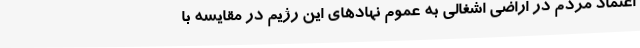
اعتماد مردم در اراضی اشغالی به عموم نهادهای این رژیم در مقایسه با